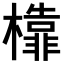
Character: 𣞳